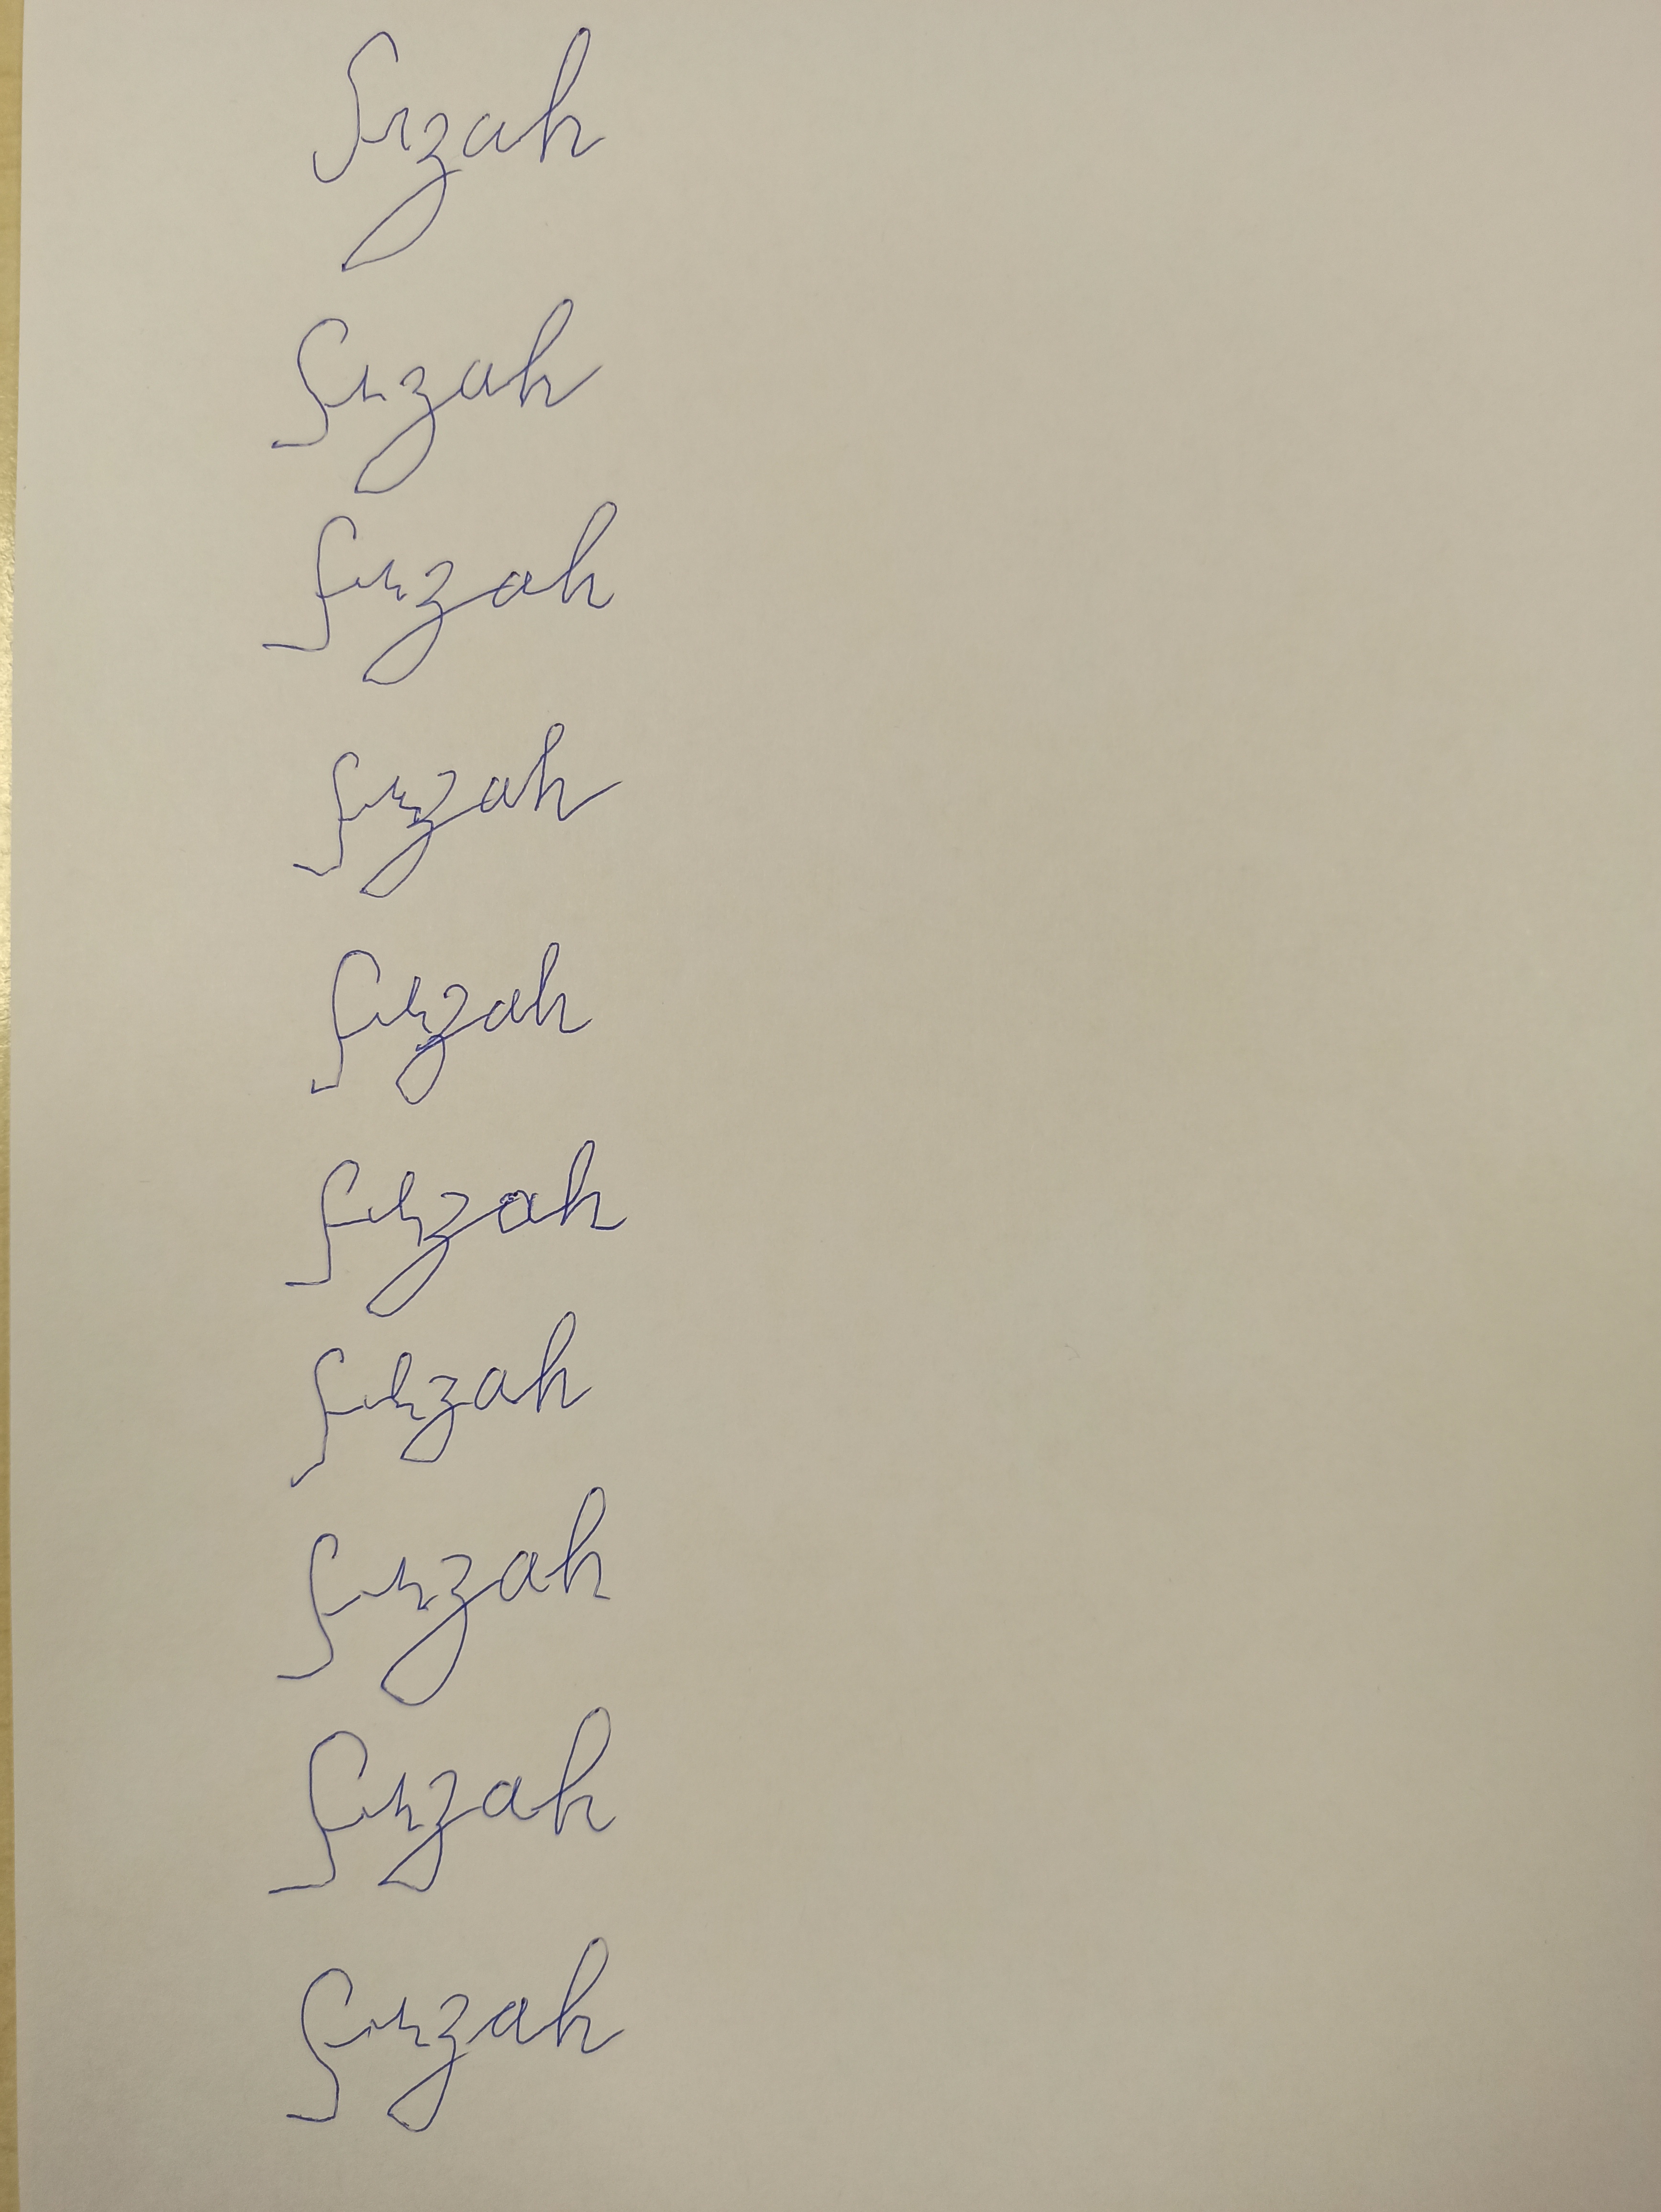
Signature authenticity: forged